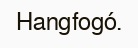
Hangfogó.